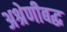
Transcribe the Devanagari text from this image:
अश्रेणीबद्ध